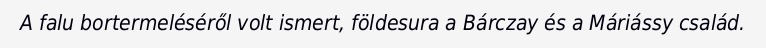
A falu bortermeléséről volt ismert, földesura a Bárczay és a Máriássy család.